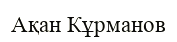
Ақан Кұрманов